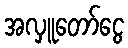
အလှူတော်ငွေ